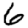
Digit: 6